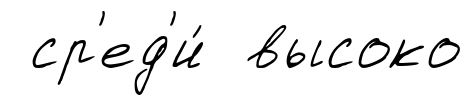
ср'ед'и́ высоко